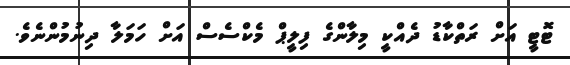
ޓޮޓީ އަށް ރަތްކާޑު ދެއްކީ މިލާންގެ ފިލީޕް މެކްސެސް އަށް ހަމަލާ ދިނުމުންނެވެ.